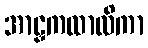
အာဠှကထာလိကာ